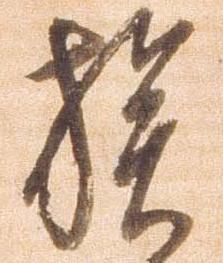
族